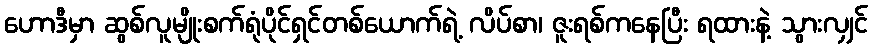
ဟောဒီမှာ ဆွစ်လူမျိုးစက်ရုံပိုင်ရှင်တစ်ယောက်ရဲ့ လိပ်စာ၊ ဇူးရစ်ကနေပြီး ရထားနဲ့ သွားလျှင်